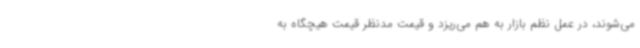
می‌شوند، در عمل نظم بازار به هم می‌ریزد و قیمت مدنظر قیمت هیچگاه به